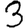
Digit: 3